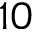
1 0